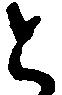
と